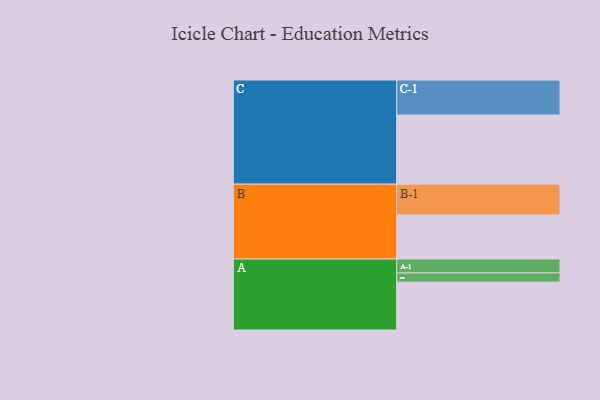
{"axis": {"x": "Segment", "y": "Value"}, "legend": ["", "A", "B", "C"], "data": [{"x": "A", "y": 394, "type": ""}, {"x": "B", "y": 363, "type": ""}, {"x": "C", "y": 569, "type": ""}, {"x": "A-1", "y": 115, "type": "A"}, {"x": "A-2", "y": 75, "type": "A"}, {"x": "B-1", "y": 253, "type": "B"}, {"x": "C-1", "y": 288, "type": "C"}]}